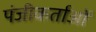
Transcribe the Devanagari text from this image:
पंजीकर्ताओं